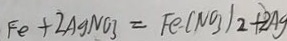
F e + 2 A g N O 3 = F e ( N O _ { 3 } ) _ { 2 } + 2 A g